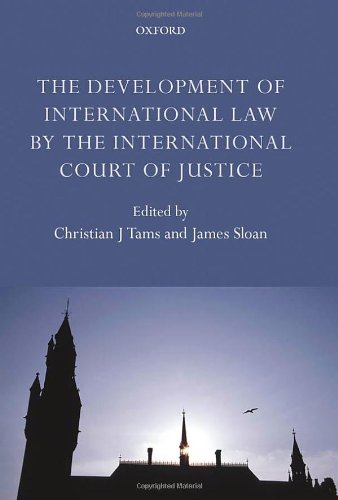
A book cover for The Development of International Law by the International Court of Justice; Christian J. Tams; Law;